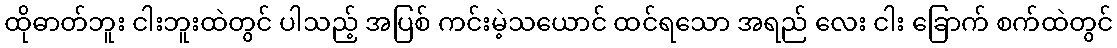
ထိုဓာတ်ဘူး ငါးဘူးထဲတွင် ပါသည့် အပြစ် ကင်းမဲ့သယောင် ထင်ရသော အရည် လေး ငါး ခြောက် စက်ထဲတွင်